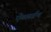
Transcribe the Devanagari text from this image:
ऐब्सर्डम